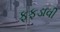
ફફડાવી